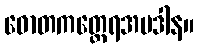
ဓောတကတ္ထေရအပဒါန။